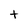
Character: t